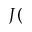
J (